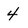
Character: 4